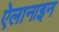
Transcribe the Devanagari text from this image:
ऐलानाइन